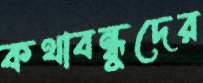
কথাবন্ধুদের